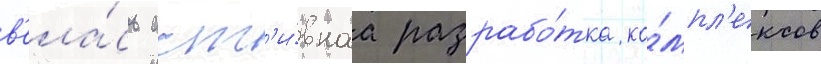
в'ела́сь акт'и́внаа разрабо́тка ко́мпл'ексов